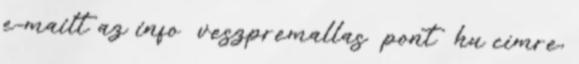
e-mailt az info veszpremallas pont hu címre,